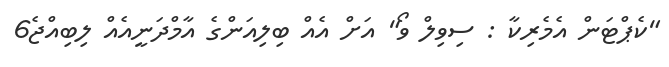
"ކެޕްޓަން އެމެރިކާ : ސިވިލް ވޯ" އަށް އެއް ބިލިއަންގެ އާމްދަނީއެއް ލިބިއްޖެ6